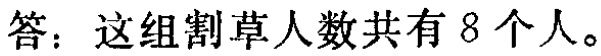
答：这组割草人数共有 8 个人。